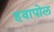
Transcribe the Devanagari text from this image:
हवापोल